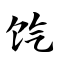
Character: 饩